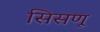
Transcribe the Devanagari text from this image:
सिसणू